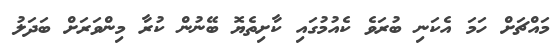
މައްޗަށް ހަމަ އެކަނި ބުރަވެ ކެއުމުގައި ކާށިތެޔޮ ބޭނުން ކުރާ މިންވަރަށް ބަދަލު